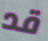
قد